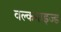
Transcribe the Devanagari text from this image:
वल्कनाइज्ड